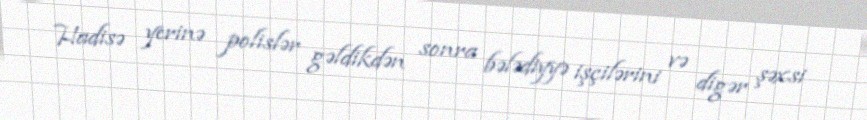
Hadisə yerinə polislər gəldikdən sonra bələdiyyə işçilərini və digər şəxsi